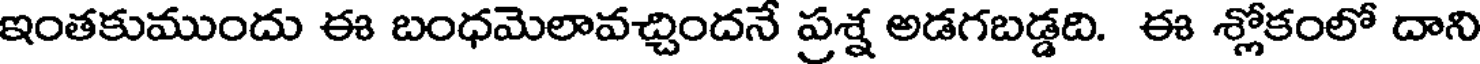
ఇంతకుముందు ఈ బంధమెలావచ్చిందనే ప్రశ్న అడగబడ్డది. ఈ శ్లోకంలో దాని